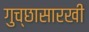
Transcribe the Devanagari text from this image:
गुच्छासारखी